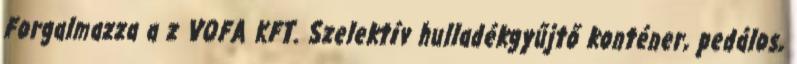
Forgalmazza a z VOFA KFT. Szelektív hulladékgyűjtő konténer, pedálos,